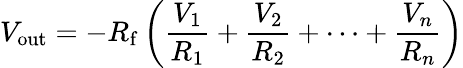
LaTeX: V_{\mathrm{out}}=-R_{\mathrm{f}}\left({\frac{V_{1}}{R_{1}}}+{\frac{V_{2}}{R_{2}}}+\cdots+{\frac{V_{n}}{R_{n}}}\right)